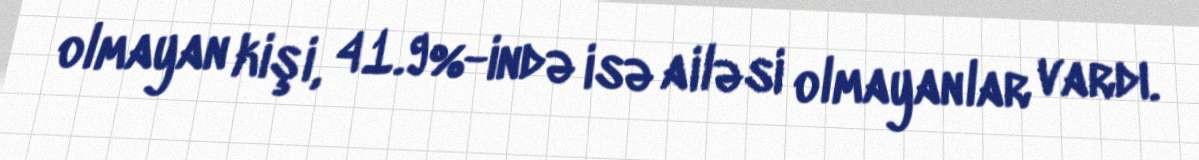
olmayan kişi, 41.9%-ində isə ailəsi olmayanlar vardı.